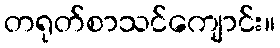
တရုတ်စာသင်ကျောင်း။